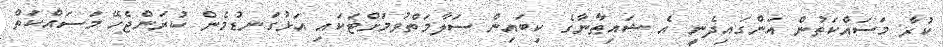
ކުރާ މަސައްކަތުން އަންގައިދެނީ އެ ޝައިޠާނާގެ ކިބައިން ސަލާމަތްވުމަށްޓަކައި އަޅުގަނޑުމެން ކުރަންޖެހޭ މަސައްކަތް